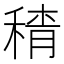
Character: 𱶕